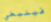
فينبغي